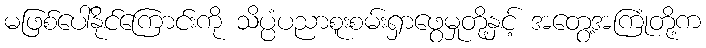
မဖြစ်ပေါ်နိုင်ကြောင်းကို သိပ္ပံပညာစူးစမ်းရှာဖွေမှုတို့နှင့် အတွေ့အကြုံတို့က